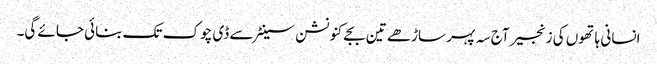
انسانی ہاتھوں کی زنجیر آج سہ پہر ساڑھے تین بجے کنونشن سینٹر سے ڈی چوک تک بنائی جائے گی۔